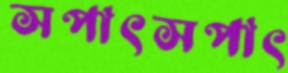
সপাৎসপাৎ